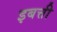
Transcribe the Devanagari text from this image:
इबत्ती